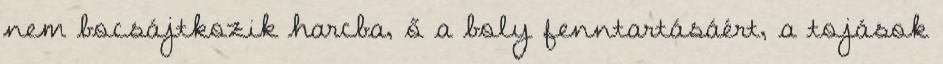
nem bocsájtkozik harcba, ő a boly fenntartásáért, a tojások